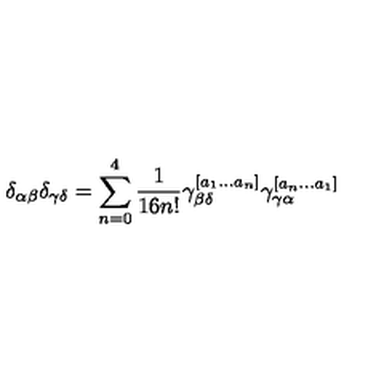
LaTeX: \delta _ { \alpha \beta } \delta _ { \gamma \delta } = \sum _ { n = 0 } ^ { 4 } { \frac { 1 } { 1 6 n ! } } \gamma _ { \beta \delta } ^ { [ a _ { 1 } . . . a _ { n } ] } \gamma _ { \gamma \alpha } ^ { [ a _ { n } . . . a _ { 1 } ] }